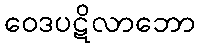
ဝေဒပဋိလာဘော